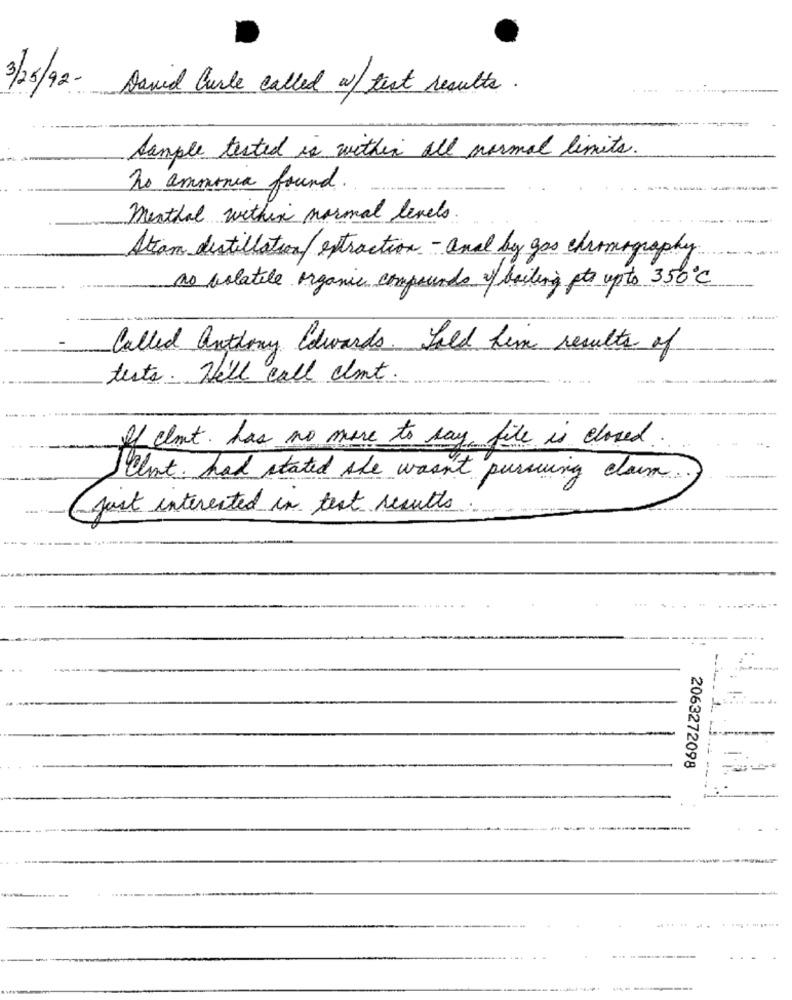
3/25/92- David Curle called a/ test results.
Sample tested is within all normal limits.
No ammonia found.
menthal within normal levels
Atan distillation / extraction - ana by gas chromography
as volatile organic compounds of bailing pto up to 350℃
Called anthony Edwards. Sold him results of
tests. Will call almt
If chut. has no more to say file is closed.
Clint. had stated she wasn't pursuing claim.
Just interested in test results
2063272098